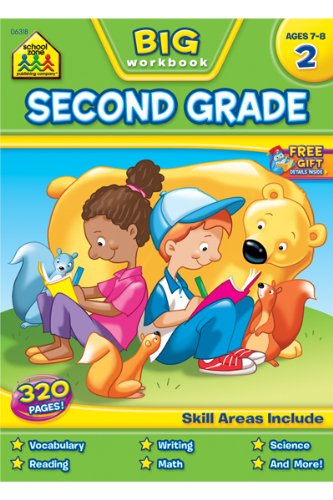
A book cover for Second Grade Big Workbook; School Zone Publishing Company Staff; Children's Books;